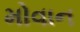
મોવાન